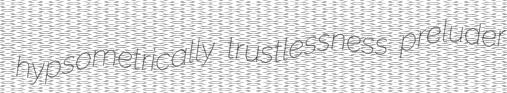
hypsometrically trustlessness preluder